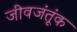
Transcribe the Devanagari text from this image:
जीवजंतूंक